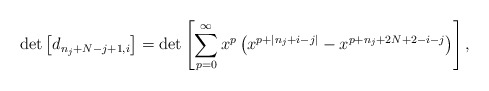
\begin{align*}\det\left[d_{n_{j}+N-j+1,i}\right] =\det\left[\sum_{p=0}^{\infty}x^{p}\left(x^{p+|n_{j}+i-j|}-x^{p+n_{j}+2N+2-i-j}\right)\right],\end{align*}